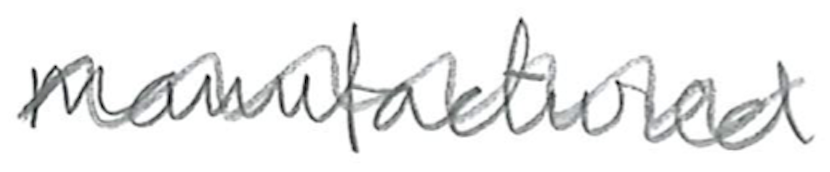
Text: manufactured
Cross-out: wave
Writing tool: pencil